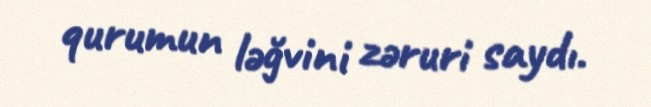
qurumun ləğvini zəruri saydı.